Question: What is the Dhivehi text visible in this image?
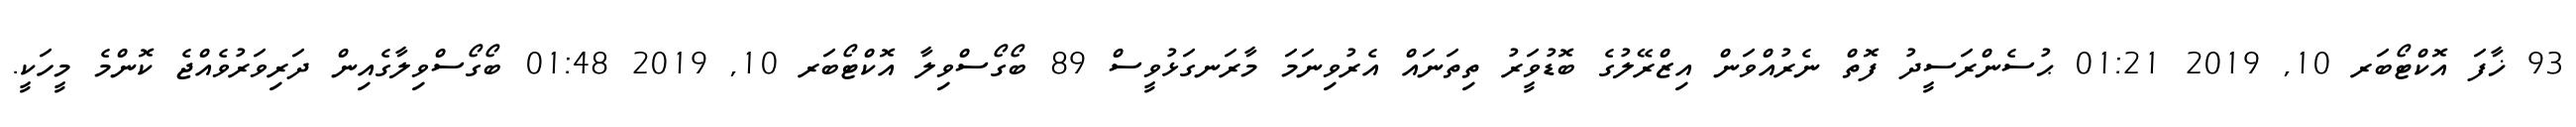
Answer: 93 ޚާފަ އޮކްޓޯބަރ 10, 2019 01:21 ޙުސެންރަސީދު ފޮތް ނެރުއްވަން އިޒްރޭލުގެ ބޮޑުވަީރު ތިތަނައް އެރުވިނަމަ މާރަނގަޅުވީސް 89 ބޯގޯސްވިލާ އޮކްޓޯބަރ 10, 2019 01:48 ބޯގޯސްވިލާގެއިން ދަރިވަރުވެއްޖެ ކޮންމެ މީހަކީ.